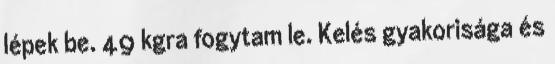
lépek be. 49 kgra fogytam le. Kelés gyakorisága és